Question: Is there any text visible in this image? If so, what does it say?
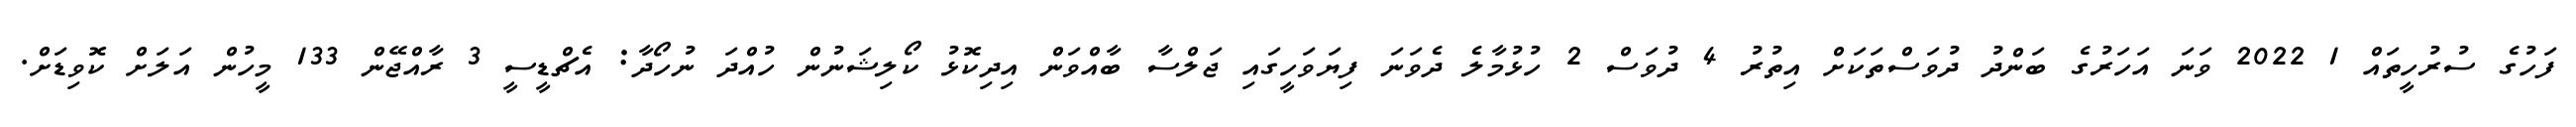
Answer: ފަހުގެ ސުރުހީތައް 1 2022 ވަނަ އަހަރުގެ ބަންދު ދުވަސްތަކަށް އިތުރު 4 ދުވަސް 2 ހުޅުމާލެ ދެވަނަ ފިޔަވަހީގައި ޖަލްސާ ބާއްވަން އިދިކޮޅު ކޯލިޝަނުން ހުއްދަ ނުހޯދާ: އެޗްޑީސީ 3 ރާއްޖޭން 133 މީހުން އަލަށް ކޮވިޑަށް.